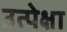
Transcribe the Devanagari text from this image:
उत्पेक्षा